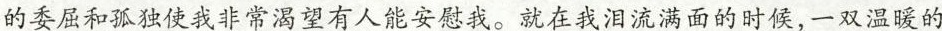
的委屈和孤独使我非常渴望有人能安慰我。就在我泪流满面的时候，一双温暖的